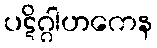
ပဋိဂ္ဂါဟကေန